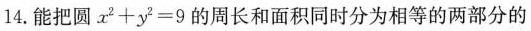
14. 能把圆$$x ^ { 2 } + y ^ { 2 } = 9$$ 的周长和面积同时分为相等的两部分的